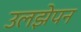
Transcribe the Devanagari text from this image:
उलझेपन